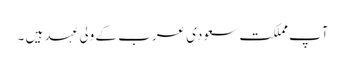
آپ مملکت سعودی عرب کے ولی عہد ہیں ۔